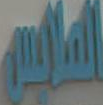
المالي